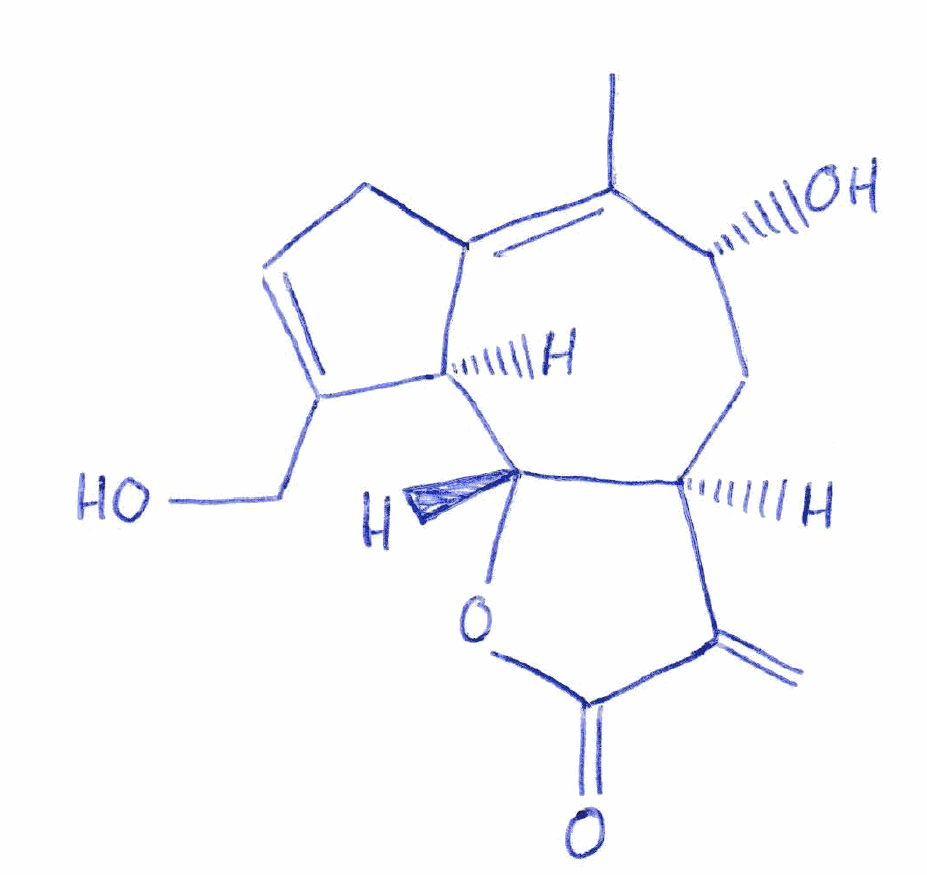
Simplified molecular-input line-entry system (SMILES) notation of the given molecule:
CC1=C2CC=C([C@@H]2[C@@H]3[C@@H](C[C@H]1O)C(=C)C(=O)O3)CO